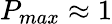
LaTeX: P_{max}\approx 1